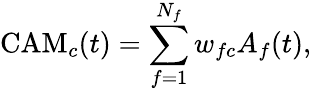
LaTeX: \mathrm{CAM}_{c}(t)=\sum_{f=1}^{N_{f}}w_{fc}A_{f}(t),